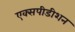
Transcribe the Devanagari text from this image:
एक्सपीडीशन